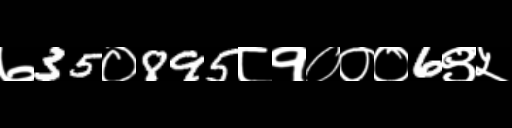
Text: ७35०895८१०००6९५